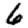
Digit: 6